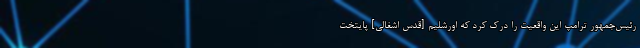
رئیس‌جمهور ترامپ این واقعیت را درک کرد که اورشلیم [قدس اشغالی] پایتخت